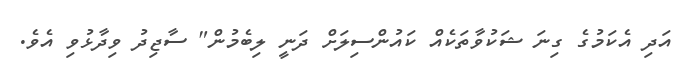
އަދި އެކަމުގެ ގިނަ ޝަކުވާތަކެއް ކައުންސިލަށް ދަނީ ލިބެމުން" ސާޖިދު ވިދާޅުވި އެވެ.